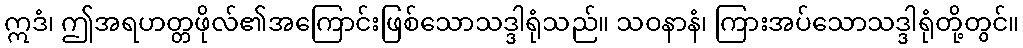
ဣဒံ၊ ဤအရဟတ္တဖိုလ်၏အကြောင်းဖြစ်သောသဒ္ဒါရုံသည်။ သဝနာနံ၊ ကြားအပ်သောသဒ္ဒါရုံတို့တွင်။